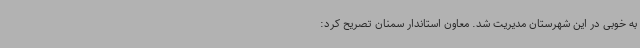
به خوبی در این شهرستان مدیریت شد. معاون استاندار سمنان تصریح کرد: